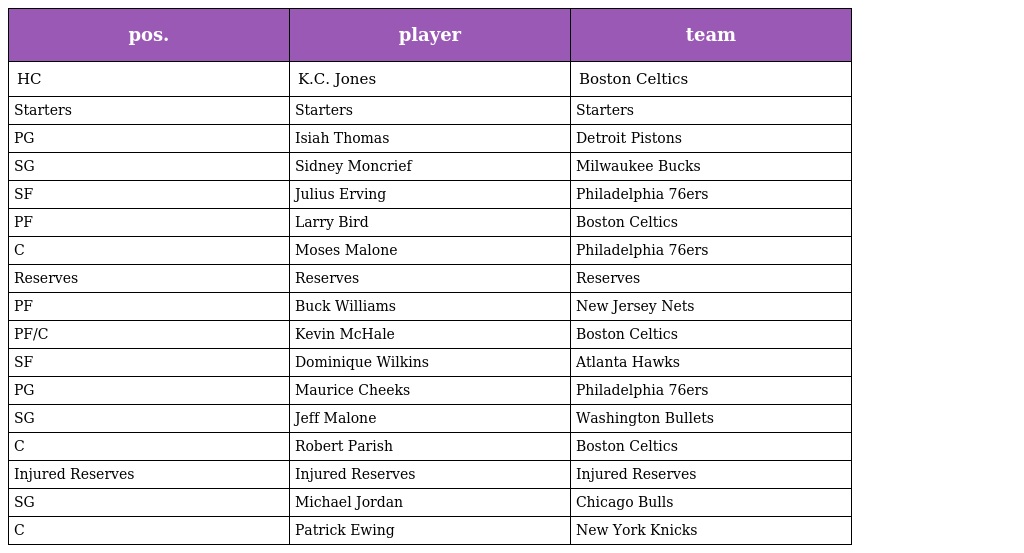
| pos. | player | team |
 | --- | --- | --- |
 | HC | K.C. Jones | Boston Celtics |
 | Starters | Starters | Starters |
 | PG | Isiah Thomas | Detroit Pistons |
 | SG | Sidney Moncrief | Milwaukee Bucks |
 | SF | Julius Erving | Philadelphia 76ers |
 | PF | Larry Bird | Boston Celtics |
 | C | Moses Malone | Philadelphia 76ers |
 | Reserves | Reserves | Reserves |
 | PF | Buck Williams | New Jersey Nets |
 | PF/C | Kevin McHale | Boston Celtics |
 | SF | Dominique Wilkins | Atlanta Hawks |
 | PG | Maurice Cheeks | Philadelphia 76ers |
 | SG | Jeff Malone | Washington Bullets |
 | C | Robert Parish | Boston Celtics |
 | Injured Reserves | Injured Reserves | Injured Reserves |
 | SG | Michael Jordan | Chicago Bulls |
 | C | Patrick Ewing | New York Knicks |